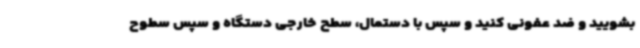
بشویید و ضد عفونی کنید و سپس با دستمال، سطح خارجی دستگاه و سپس سطوح